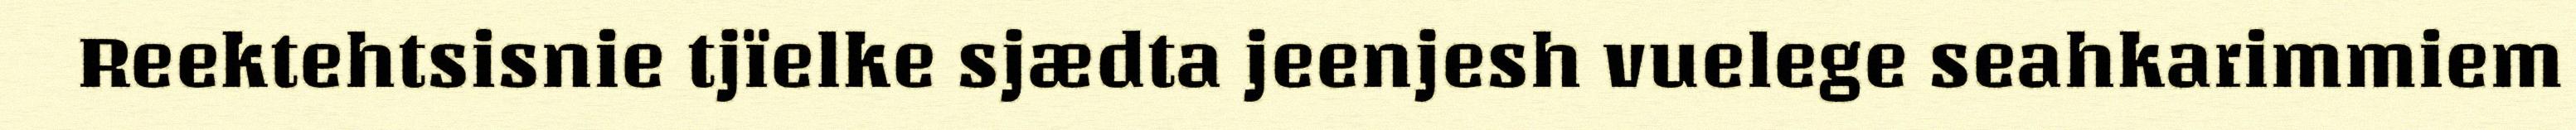
Reektehtsisnie tjïelke sjædta jeenjesh vuelege seahkarimmiem